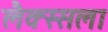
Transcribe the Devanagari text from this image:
लैक्स्सला